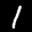
Label: 1